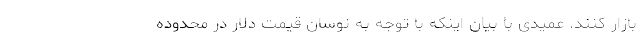
بازار کنند. عمیدی با بیان اینکه با توجه به نوسان قیمت دلار در محدوده